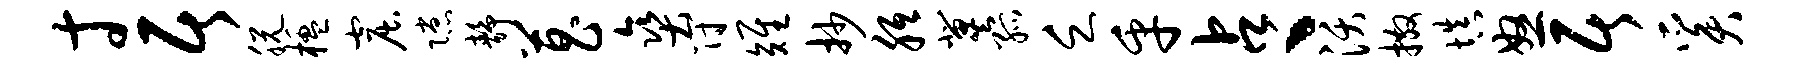
寸居脱楹窟隙静菖爽符雉抄胝冀孤乏乎占丶沃撒填怒居奚